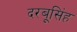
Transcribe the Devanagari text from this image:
दरबूसिंह